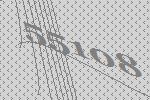
55108